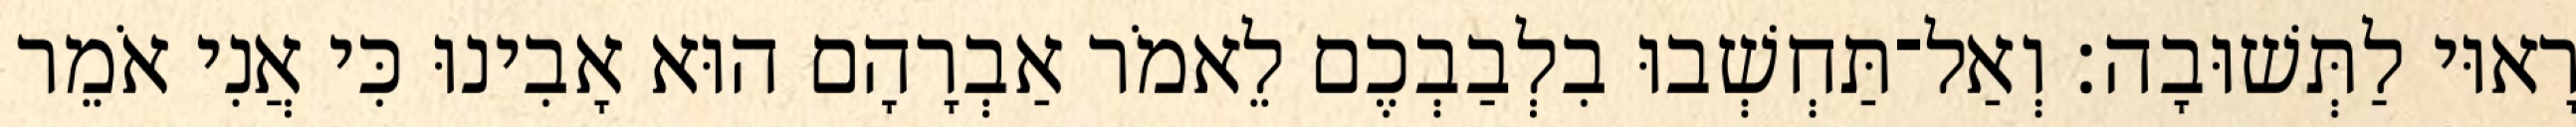
רָאוּי לַתְּשׁוּבָה׃ וְאַל־תַּחְשְׁבוּ בִלְבַבְכֶם לֵאמֹר אַבְרָהָם הוּא אָבִינוּ כִּי אֲנִי אֹמֵר